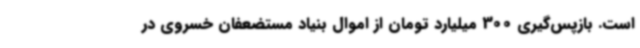
است. بازپس‌گیری 300 میلیارد تومان از اموال بنیاد مستضعفان خسروی در